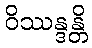
ဝိဿန္ဒန္တိ